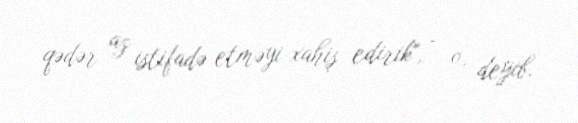
qədər az istifadə etməyi xahiş edirik", - o, deyib.